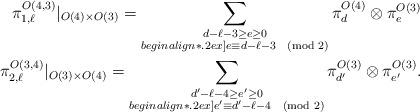
LaTeX: \begin{align*}\begin{aligned}\pi^{O(4,3)}_{1,\ell}|_{O(4)\times O(3)} = \sum_{\substack{d-\ell-3 \ge e \ge 0 \\begin{align*}.2ex] e\equiv d-\ell-3 \pmod{2}}} \pi^{O(4)}_d \otimes\pi^{O(3)}_e\\\pi^{O(3,4)}_{2,\ell}|_{O(3)\times O(4)} = \sum_{\substack{d' -\ell -4 \ge e' \ge 0\\begin{align*}.2ex] e'\equiv d'-\ell-4\pmod{2}}} \pi^{O(3)}_{d'} \otimes\pi^{O(3)}_{e'}.\end{aligned}\end{align*}